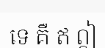
ទេ គឺ ឥ ឦ